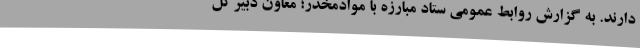
دارند. به گزارش روابط عمومی ستاد مبارزه با موادمخدر؛ معاون دبیرکل